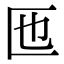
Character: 匜